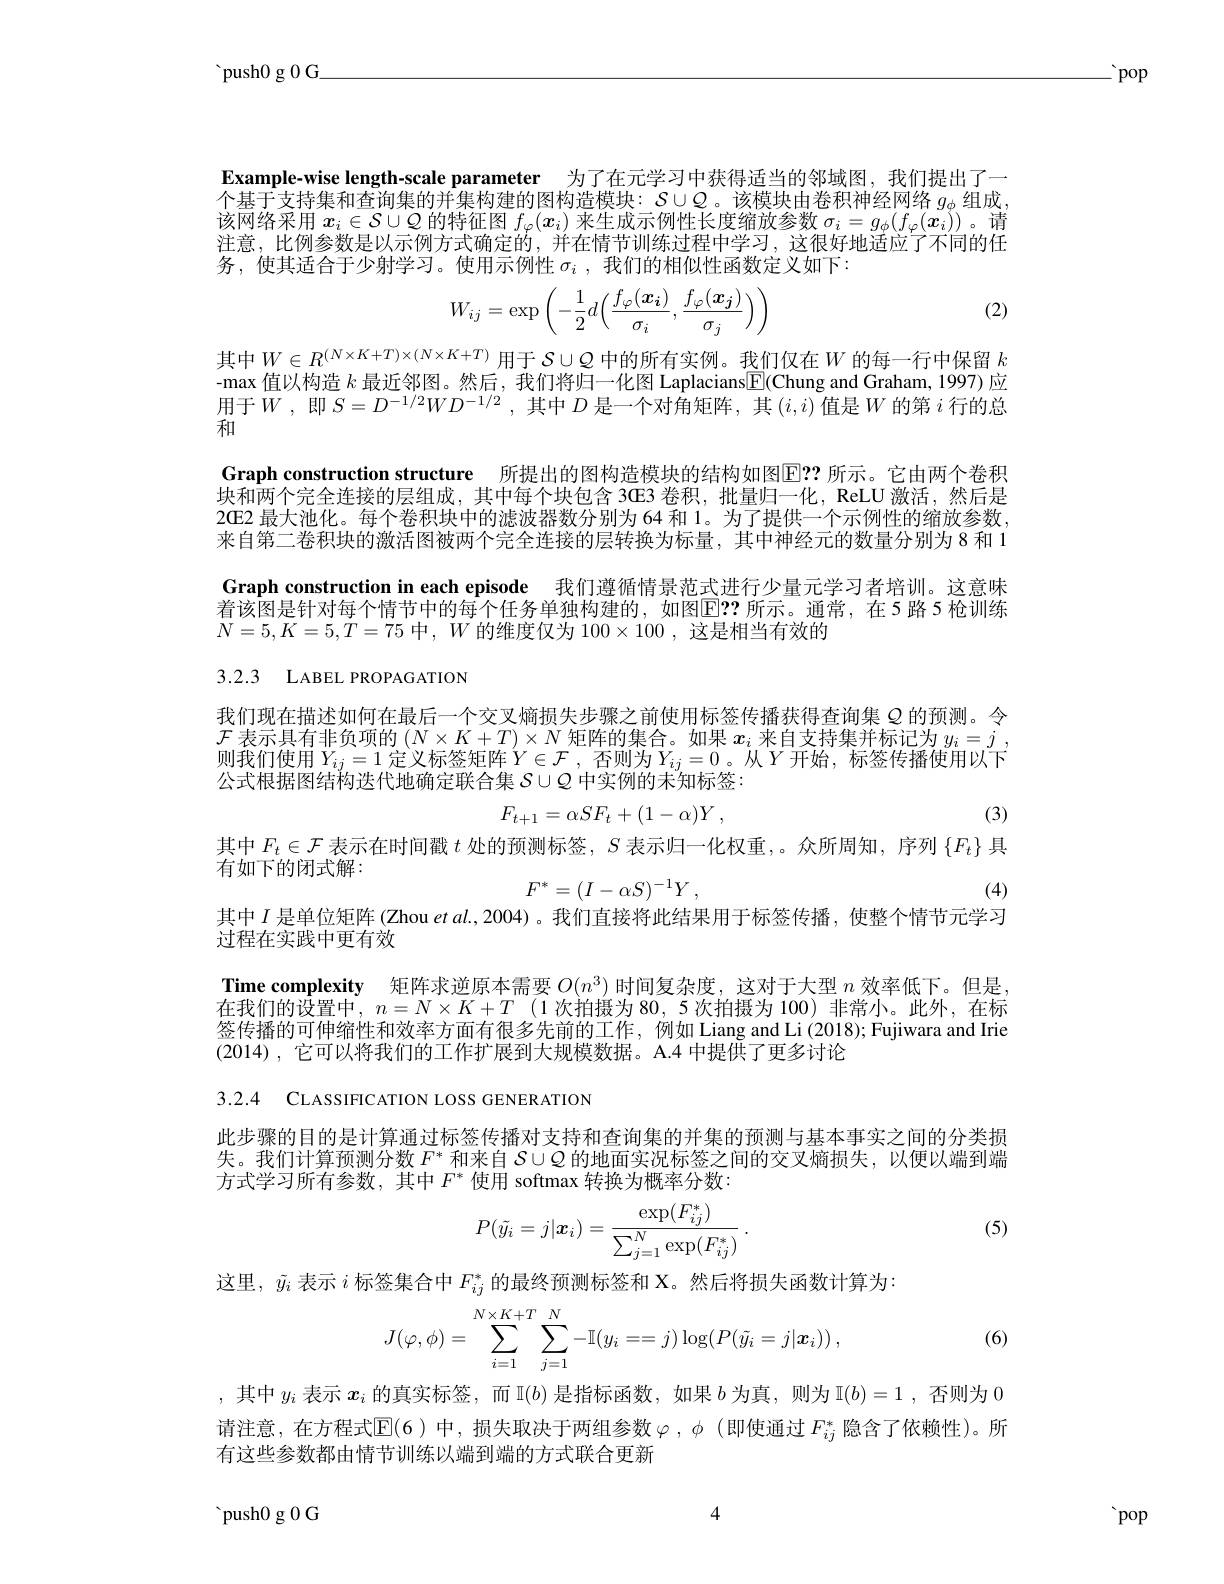
${^{\prime}}$push0 g 0 G

$\therefore$pop

Example-wise length-scale parameter 为了在元学习中获得适当的邻域图，我们提出了一$\dot{\text{个基于支持集和查询集的并集构建的图构造模块：}S\cup Q}$。该模块由卷积神经网络 $g_\phi$ 组成， 该网络采用$x_i\in\mathcal{S}\cup\mathcal{Q}$的特征图$f_\varphi(\boldsymbol{x}_i)$来生成示例性长度缩放参数$\sigma_i=g_\phi(f_\varphi(\boldsymbol{x}_i))$。请注意，比例参数是以示例方式确定的，并在情节训练过程中学习，这很好地适应了不同的任务，使其适合于少射学习。使用示例性$\sigma _i$ , 我 们 的 相 似 性 函 数 定 义 如 下 :

(2)
$$W_{ij}=\exp\left(-\frac{1}{2}d\Big(\frac{f_\varphi(\boldsymbol{x_i})}{\sigma_i},\frac{f_\varphi(\boldsymbol{x_j})}{\sigma_j}\Big)\right)$$
其中$W\in R^(N\times K+T)\times(N\times K+T)$用于$S\cup Q$中的所有实例。我们仅在$W$的每一行中保留 $k$ -max 值以构造$k$最近邻图。然后，我们将归一化图 Laplacians$\underline{\mathrm{E}}($Chung and Graham, 1997) 应用于$W$,即$S=D^-1/2WD^{-1/2}$,其中$\bar{D}$ 是 一 个 对 角 矩 阵 , 其 $( i, i)$值是$W$的第$i$行的总和

Graph construction structure 所提出的图构造模块的结构如图E？ 所示。它由两个卷积块和两个完全连接的层组成，其中每个块包含 3GE3 卷积，批量归一化，ReLU 激活，然后是

2GE2 最大池化。每个卷积块中的滤波器数分别为 64 和 1。为了提供一个示例性的缩放参数， 来自第二卷积块的激活图被两个完全连接的层转换为标量，其中神经元的数量分别为 8 和 1 Graph construction in each episode 我们遵循情景范式进行少量元学习者培训。这意味着该图是针对每个情节中的每个任务单独构建的，如图$\boxed{\mathrm{E}}??$ 所示。通常，在5路5枪训练$N=5,K=5,T=75$中$,W$的维度仅为$100\times100$,这是相当有效的

## 3.2.3 LABEL PROPAGATION

我们现在描述如何在最后一个交叉熵损失步骤之前使用标签传播获得查询集$\varrho$的预测。令$\mathcal{F}$表示具有非负项的$(N\times K+T)\times N$矩阵的集合。如果$x_i$来自支持集并标记为$y_i=j$ , 则我们使用$Y_ij=1$ 定义标签矩阵$Y\in\mathcal{F}$ ,否则为$Y_ij=0$。从$Y$开始，标签传播使用以下公式根据图结构迭代地确定联合集$S\cup Q$中实例的未知标签：
$$F_{t+1}=\alpha SF_t+(1-\alpha)Y\:,$$
(3)

其中$F_t\in\mathcal{F}$表示在时间戳$t$处的预测标签，$S$表示归一化权重，。众所周知，序列$\{F_t\}$具
有如下的闭式解：
$$F^*=(I-\alpha S)^{-1}Y\:,$$
(4)

其中$I$是单位矩阵 (Zhou $etal.,2004)$ 。我们直接将此结果用于标签传播，使整个情节元学习

过程在实践中更有效

Time complexity 矩阵求逆原本需要$O(n^3)$时间复杂度，这对于大型$n$效率低下。但是在我们的设置中，$n=N\times K+T$(1次拍摄为 80,5 次拍摄为 100)非常小。此外，在标签传播的可伸缩性和效率方面有很多先前的工作，例如 Liang and Li (2018); Fujiwara and Irie (2014),它可以将我们的工作扩展到大规模数据。A.4 中提供了更多讨论

3.2.4 CLASSIFICATION LOSS GENERATION

此步骤的目的是计算通过标签传播对支持和查询集的并集的预测与基本事实之间的分类损失。我们计算预测分数$F^*$和来自$S\cup\mathcal{Q}$的地面实况标签之间的交叉熵损失，以便以端到端方式学习所有参数，其中$F^*$使用 softmax 转换为概率分数：

(5)
$$P(\tilde{y_i}=j|\boldsymbol{x_i})=\frac{\exp(F_{ij}^*)}{\sum_{j=1}^N\exp(F_{ij}^*)}\:.$$
这里，$\tilde{y}_i$表示$i$标签集合中$F_{ij}^*$的最终预测标签和 X。然后将损失函数计算为：
$$J(\varphi,\phi)=\sum_{i=1}^{N\times K+T}\sum_{j=1}^{N}-\mathbb{I}(y_{i}==j)\log(P(\tilde{y_{i}}=j|\boldsymbol{x}_{i}))\:,$$
(6)

,其中$y_i$表示$x_i$的真实标签，而 I$(b)$是指标函数，如果$b$为真，则为 I$(b)=1$,否则为0请注意，在方程式$\mathbb{E}(6)$ 中，损失取决于两组参数$\varphi,\phi\left(\text{即使通过}F_{ij}^*\text{隐含了依赖性)。所}\right)$ 有这些参数都由情节训练以端到端的方式联合更新

4

${\text{'push}0\text{ g }0\text{ G}}$

pop